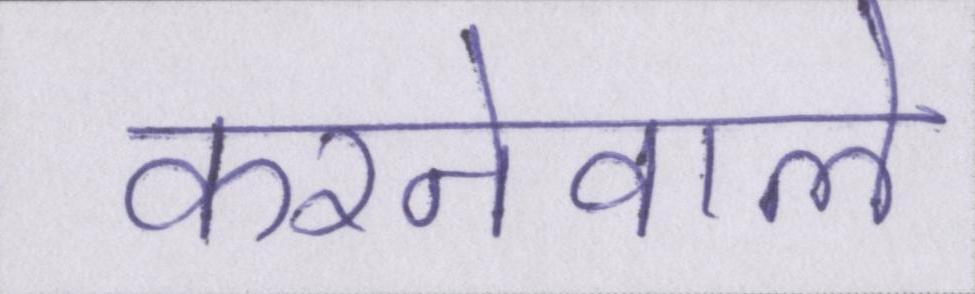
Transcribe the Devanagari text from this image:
करनेवाले